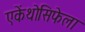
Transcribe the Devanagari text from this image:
एकेंथोसिफेला